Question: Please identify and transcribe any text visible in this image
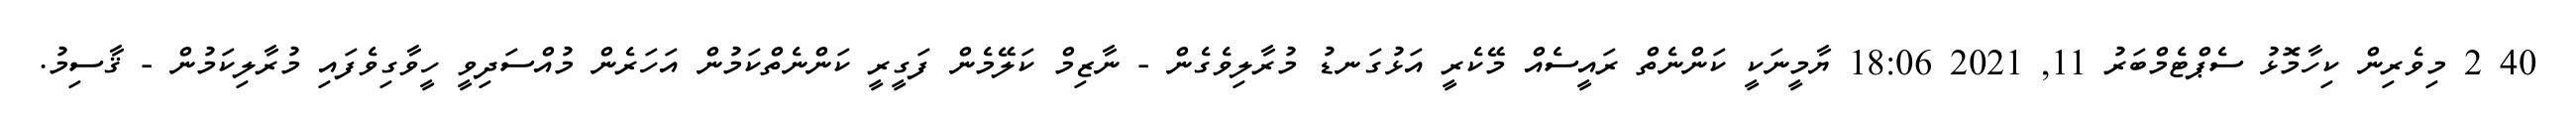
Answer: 40 2 މިވެރިން ކިހާމޮޅު ސެޕްޓެމްބަރު 11, 2021 18:06 ޔާމީނަކީ ކަންނެތް ރައީސެއް މޭކެރީ އަޅުގަނޑު މުރާލިވެގެން - ނާޒިމް ކަލޭމެން ފަގީރީ ކަންނެތްކަމުން އަހަރެން މުއްސަދިވީ ހީވާގިވެފައި މުރާލިކަމުން - ޤާސިމު.